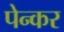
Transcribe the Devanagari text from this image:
पेन्कर